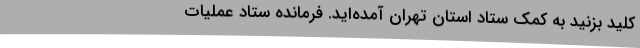
کلید بزنید به کمک ستاد استان تهران آمده‌اید. فرمانده ستاد عملیات